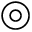
\circledcirc